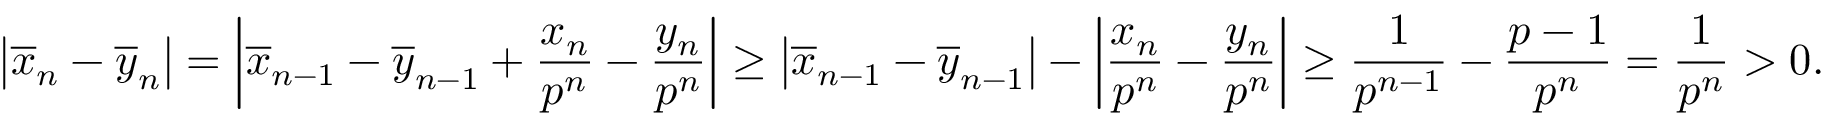
\left\vert \overline { { x } } _ { n } - \overline { { y } } _ { n } \right\vert = \left\vert \overline { { x } } _ { n - 1 } - \overline { { y } } _ { n - 1 } + \frac { x _ { n } } { p ^ { n } } - \frac { y _ { n } } { p ^ { n } } \right\vert \geq \left\vert \overline { { x } } _ { n - 1 } - \overline { { y } } _ { n - 1 } \right\vert - \left\vert \frac { x _ { n } } { p ^ { n } } - \frac { y _ { n } } { p ^ { n } } \right\vert \geq \frac { 1 } { p ^ { n - 1 } } - \frac { p - 1 } { p ^ { n } } = \frac { 1 } { p ^ { n } } > 0 .